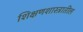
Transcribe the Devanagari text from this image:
शिक्षणशास्त्रातील